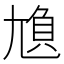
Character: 𡯿